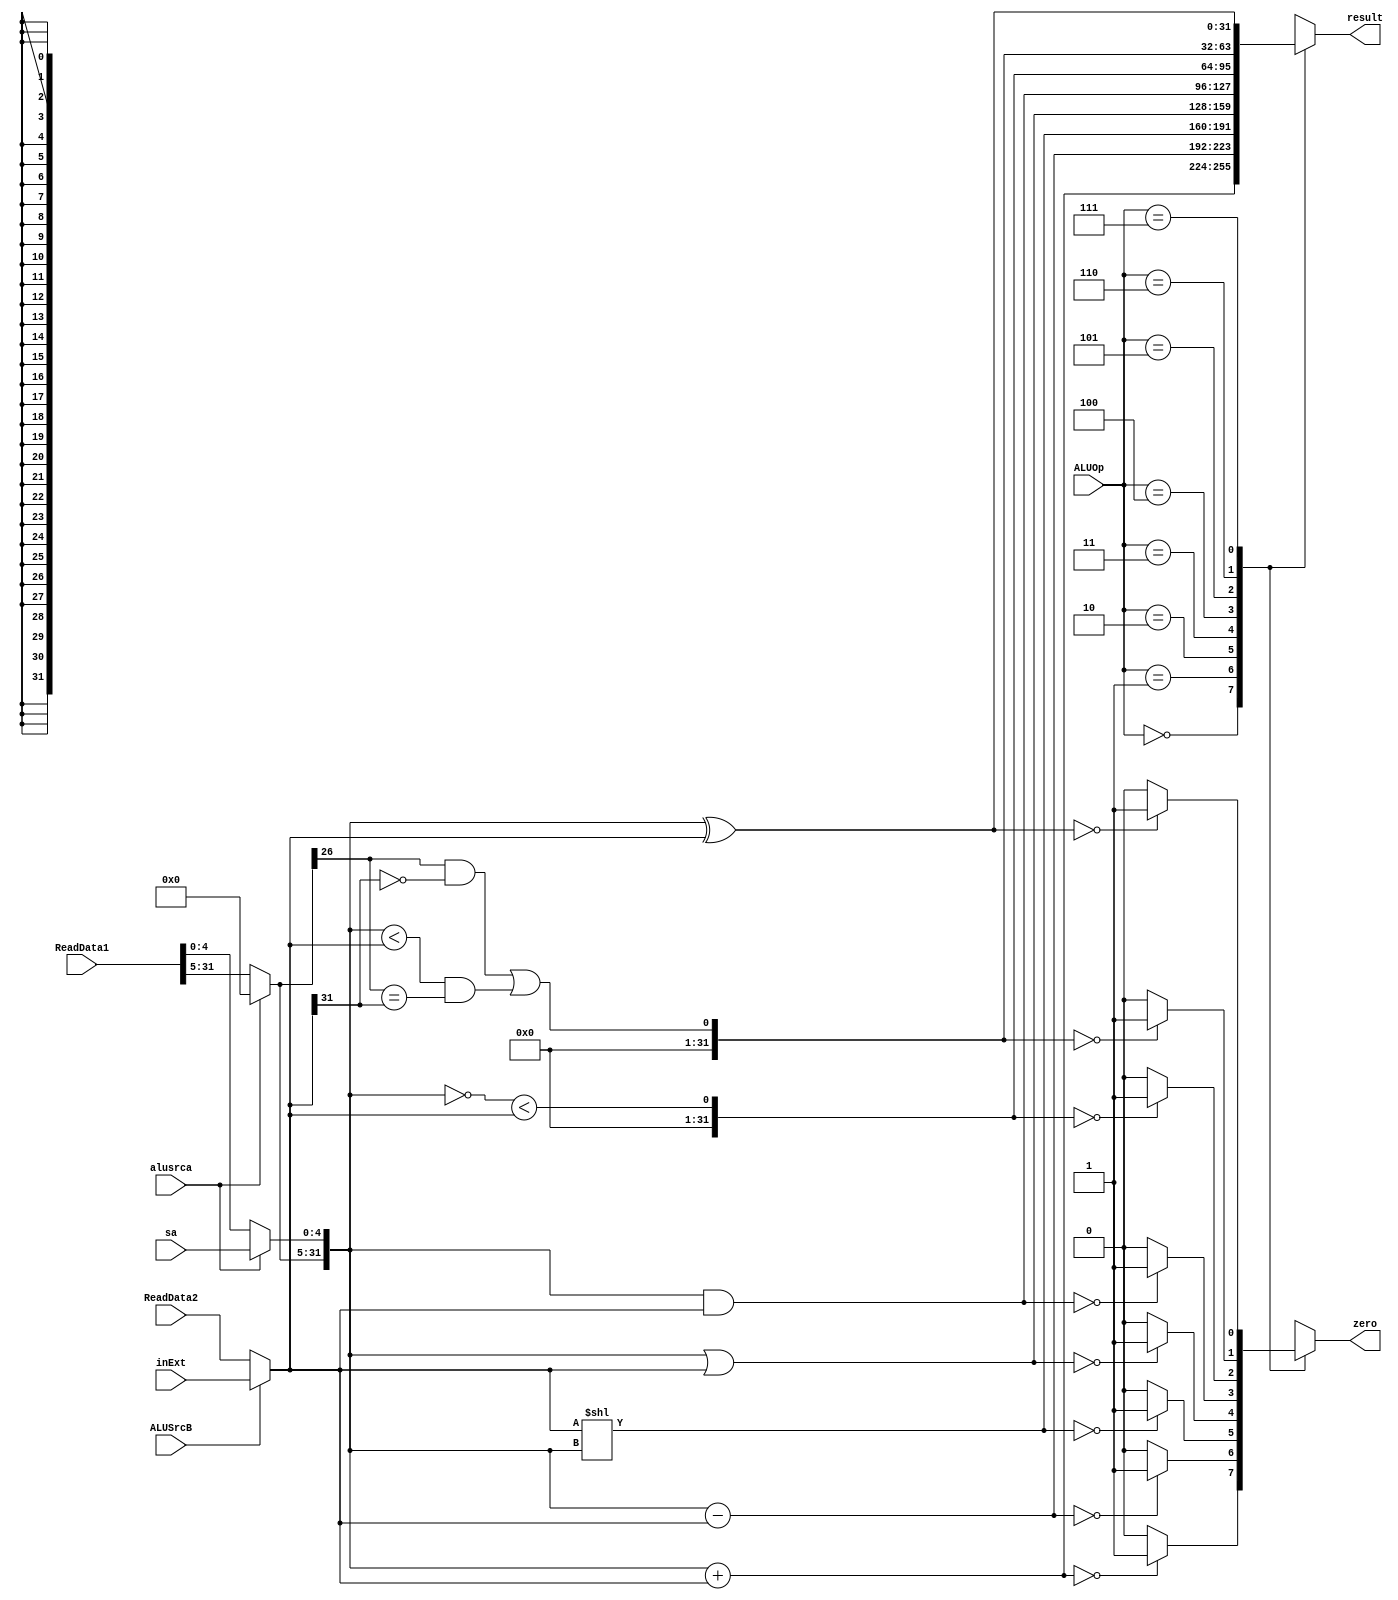
`timescale 1ns / 1ps
//////////////////////////////////////////////////////////////////////////////////
// Company: 
// Engineer: 
// 
// Design Name: 
// Module Name: ALU
// Project Name: 
// Target Devices: 
// Tool Versions: 
// Description: 
// 
// Dependencies: 
// 
// Revision:
// Revision 0.01 - File Created
// Additional Comments:
// 
//////////////////////////////////////////////////////////////////////////////////


module ALU(ReadData1, ReadData2, inExt, ALUSrcB, ALUOp, zero, result, sa, alusrca);  
    input [4:0] sa;
    input [31:0] ReadData1, ReadData2, inExt;  
    input alusrca;
     input ALUSrcB;  
     input [2:0] ALUOp;  
     output zero;  
     output [31:0] result;  
       
     reg zero;  
     reg [31:0] result;  
     wire [31:0] A;
     wire [31:0] B;  
     assign A[4:0] = alusrca? sa: ReadData1[4:0];
     assign A[31:5] = alusrca? 27'b000000000000000000000000000: ReadData1[31:5];
     assign B = ALUSrcB? inExt : ReadData2;  
       
     always @(ReadData1 or ReadData2 or inExt or ALUSrcB or ALUOp or B)  
         begin  
              case(ALUOp)  
                    // A + B  
                     3'b000: begin  
                         result = A + B;  
                          zero = (result == 0)? 1 : 0;  
                     end  
                     // A - B  
                     3'b001: begin  
                         result = A - B;  
                          zero = (result == 0)? 1 : 0;  
                     end  
                     // B << A  
                     3'b010: begin  
                         result = B << A;  
                          zero = (result == 0)? 1 : 0;  
                     end  
                     // A  B  
                     3'b011: begin  
                         result = A | B;  
                          zero = (result == 0)? 1 : 0;  
                     end  
                     // A  B  
                     3'b100: begin  
                         result = A & B;  
                          zero = (result == 0)? 1 : 0;  
                     end  
                     // A < B  
                     3'b101: begin  
                         result = (~A < B);  
                          zero = (result == 0)? 1 : 0;  
                     end  
                     // A sign< B  
                     3'b110: begin  
                         result = ((A[31] == 1 && B[31] == 0) || (A < B && A[31] == B[31]));  
                          zero = (result == 0)? 1 : 0;  
                     end  
                     // A ? B  
                     3'b111: begin  
                         result = A ^ B;  
                          zero = (result == 0)? 1 : 0;  
                     end  
              endcase  
          end  
endmodule